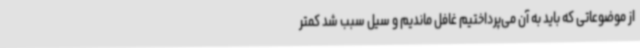
از موضوعاتی که باید به آن می‌پرداختیم غافل ماندیم و سیل سبب شد کمتر